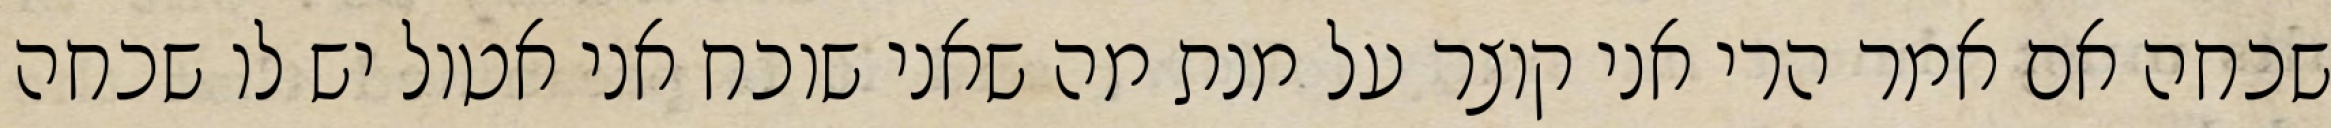
שכחה אם אמר הרי אני קוצר על מנת מה שאני שוכח אני אטול יש לו שכחה